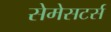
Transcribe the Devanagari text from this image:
सेमेसटर्स